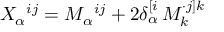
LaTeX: X _ { \alpha } { } ^ { i j } = M _ { \alpha } { } ^ { i j } + 2 \delta _ { \alpha } ^ { [ i } \, M _ { k } ^ { \cdot j ] k }